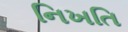
નિખતિ